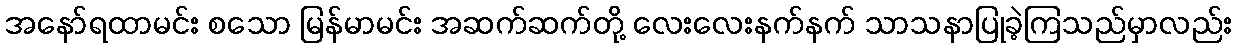
အနော်ရထာမင်း စသော မြန်မာမင်း အဆက်ဆက်တို့ လေးလေးနက်နက် သာသနာပြုခဲ့ကြသည်မှာလည်း